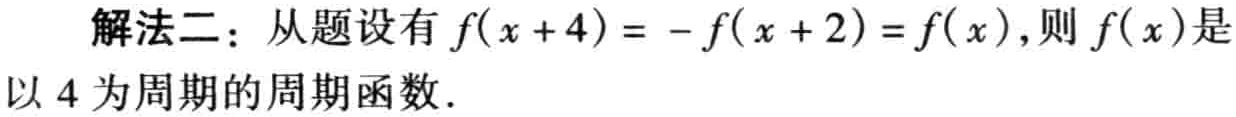
解法二：从题设有 \(f(x + 4)= - f(x + 2)=f(x)\)，则 \(f(x)\)是以 \(4\)为周期的周期函数.